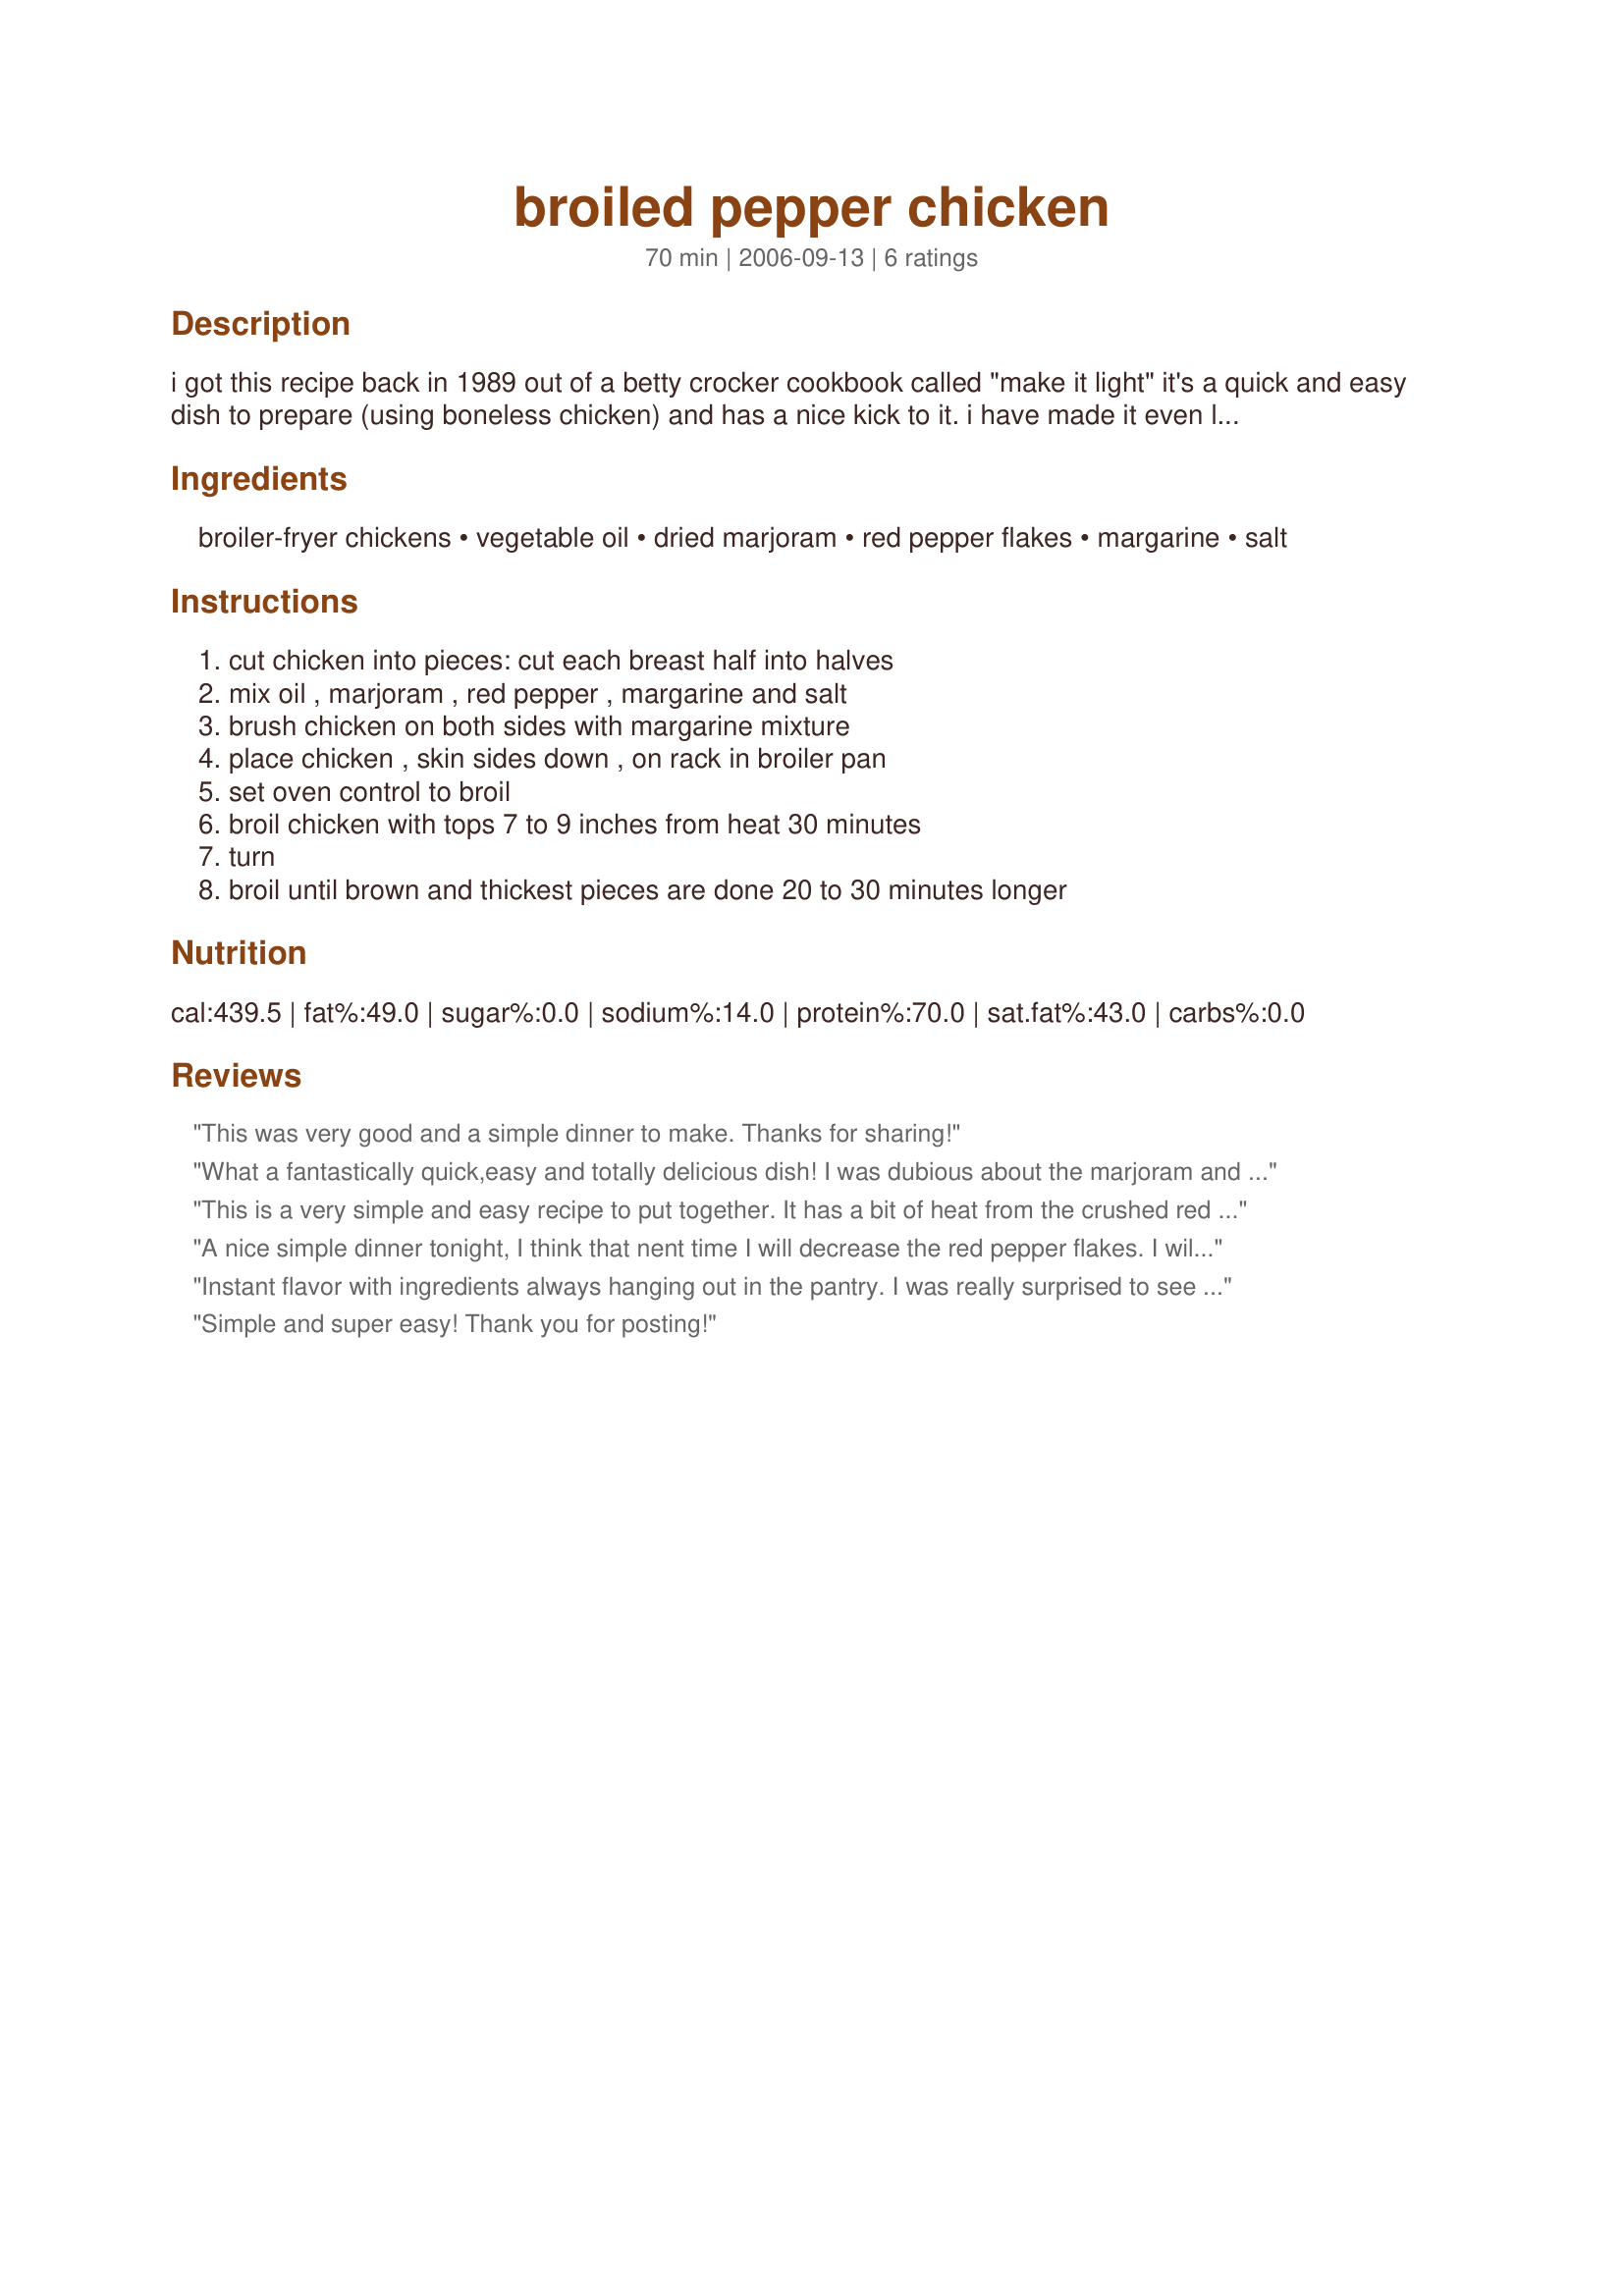
broiled pepper chicken
Preparation time: 70 minutes

i got this recipe back in 1989 out of a betty crocker cookbook called "make it light" it's a quick and easy dish to prepare (using boneless chicken) and has a nice kick to it. i have made it even lighter and quicker by using skinless chicken breast with out bones. cooks up in half the time. this is a great dish to make after a hard day at work.

Ingredients:
broiler-fryer chickens, vegetable oil, dried marjoram, red pepper flakes, margarine, salt

Steps:
cut chicken into pieces: cut each breast half into halves, mix oil , marjoram , red pepper , margarine and salt, brush chicken on both sides with margarine mixture, place chicken , skin sides down , on rack in broiler pan, set oven control to broil, broil chicken with tops 7 to 9 inches from heat 30 minutes, turn, broil until brown and thickest pieces are done 20 to 30 minutes longer

Reviews:
This was very good and a simple dinner to make. Thanks for sharing!
What a fantastically quick,easy and totally delicious dish!
I was dubious about the marjoram and chilli fusion,but hey,it works really well.
I used skinless chicken breast,brushed on the mixture and threw it into the George Foreman for a few minutes..served with a crisp green salad,recipe #289258#289258 and a well chilled glass of wine,it completely rescued a bad day at work!!
I'm keeping this one,thanks Teresa...I loved it!!
This is a very simple and easy recipe to put together. It has a bit of heat from the crushed red peppers flakes, but delicious all the same. Thanks for posting.
A nice simple dinner tonight, I think that nent time I will decrease the red pepper flakes. I will make again. Made for 1-2-3 hit wonders.
Instant flavor with ingredients always hanging out in the pantry. I was really surprised to see marjoram and pepper together but they do work rather well. Have to confess I was looking to shave a point so I skipped the butter/margarine and used just the olive oil. Glad to have this in my too busy to really cook arsenal. Thanks!
Simple and super easy! Thank you for posting!
